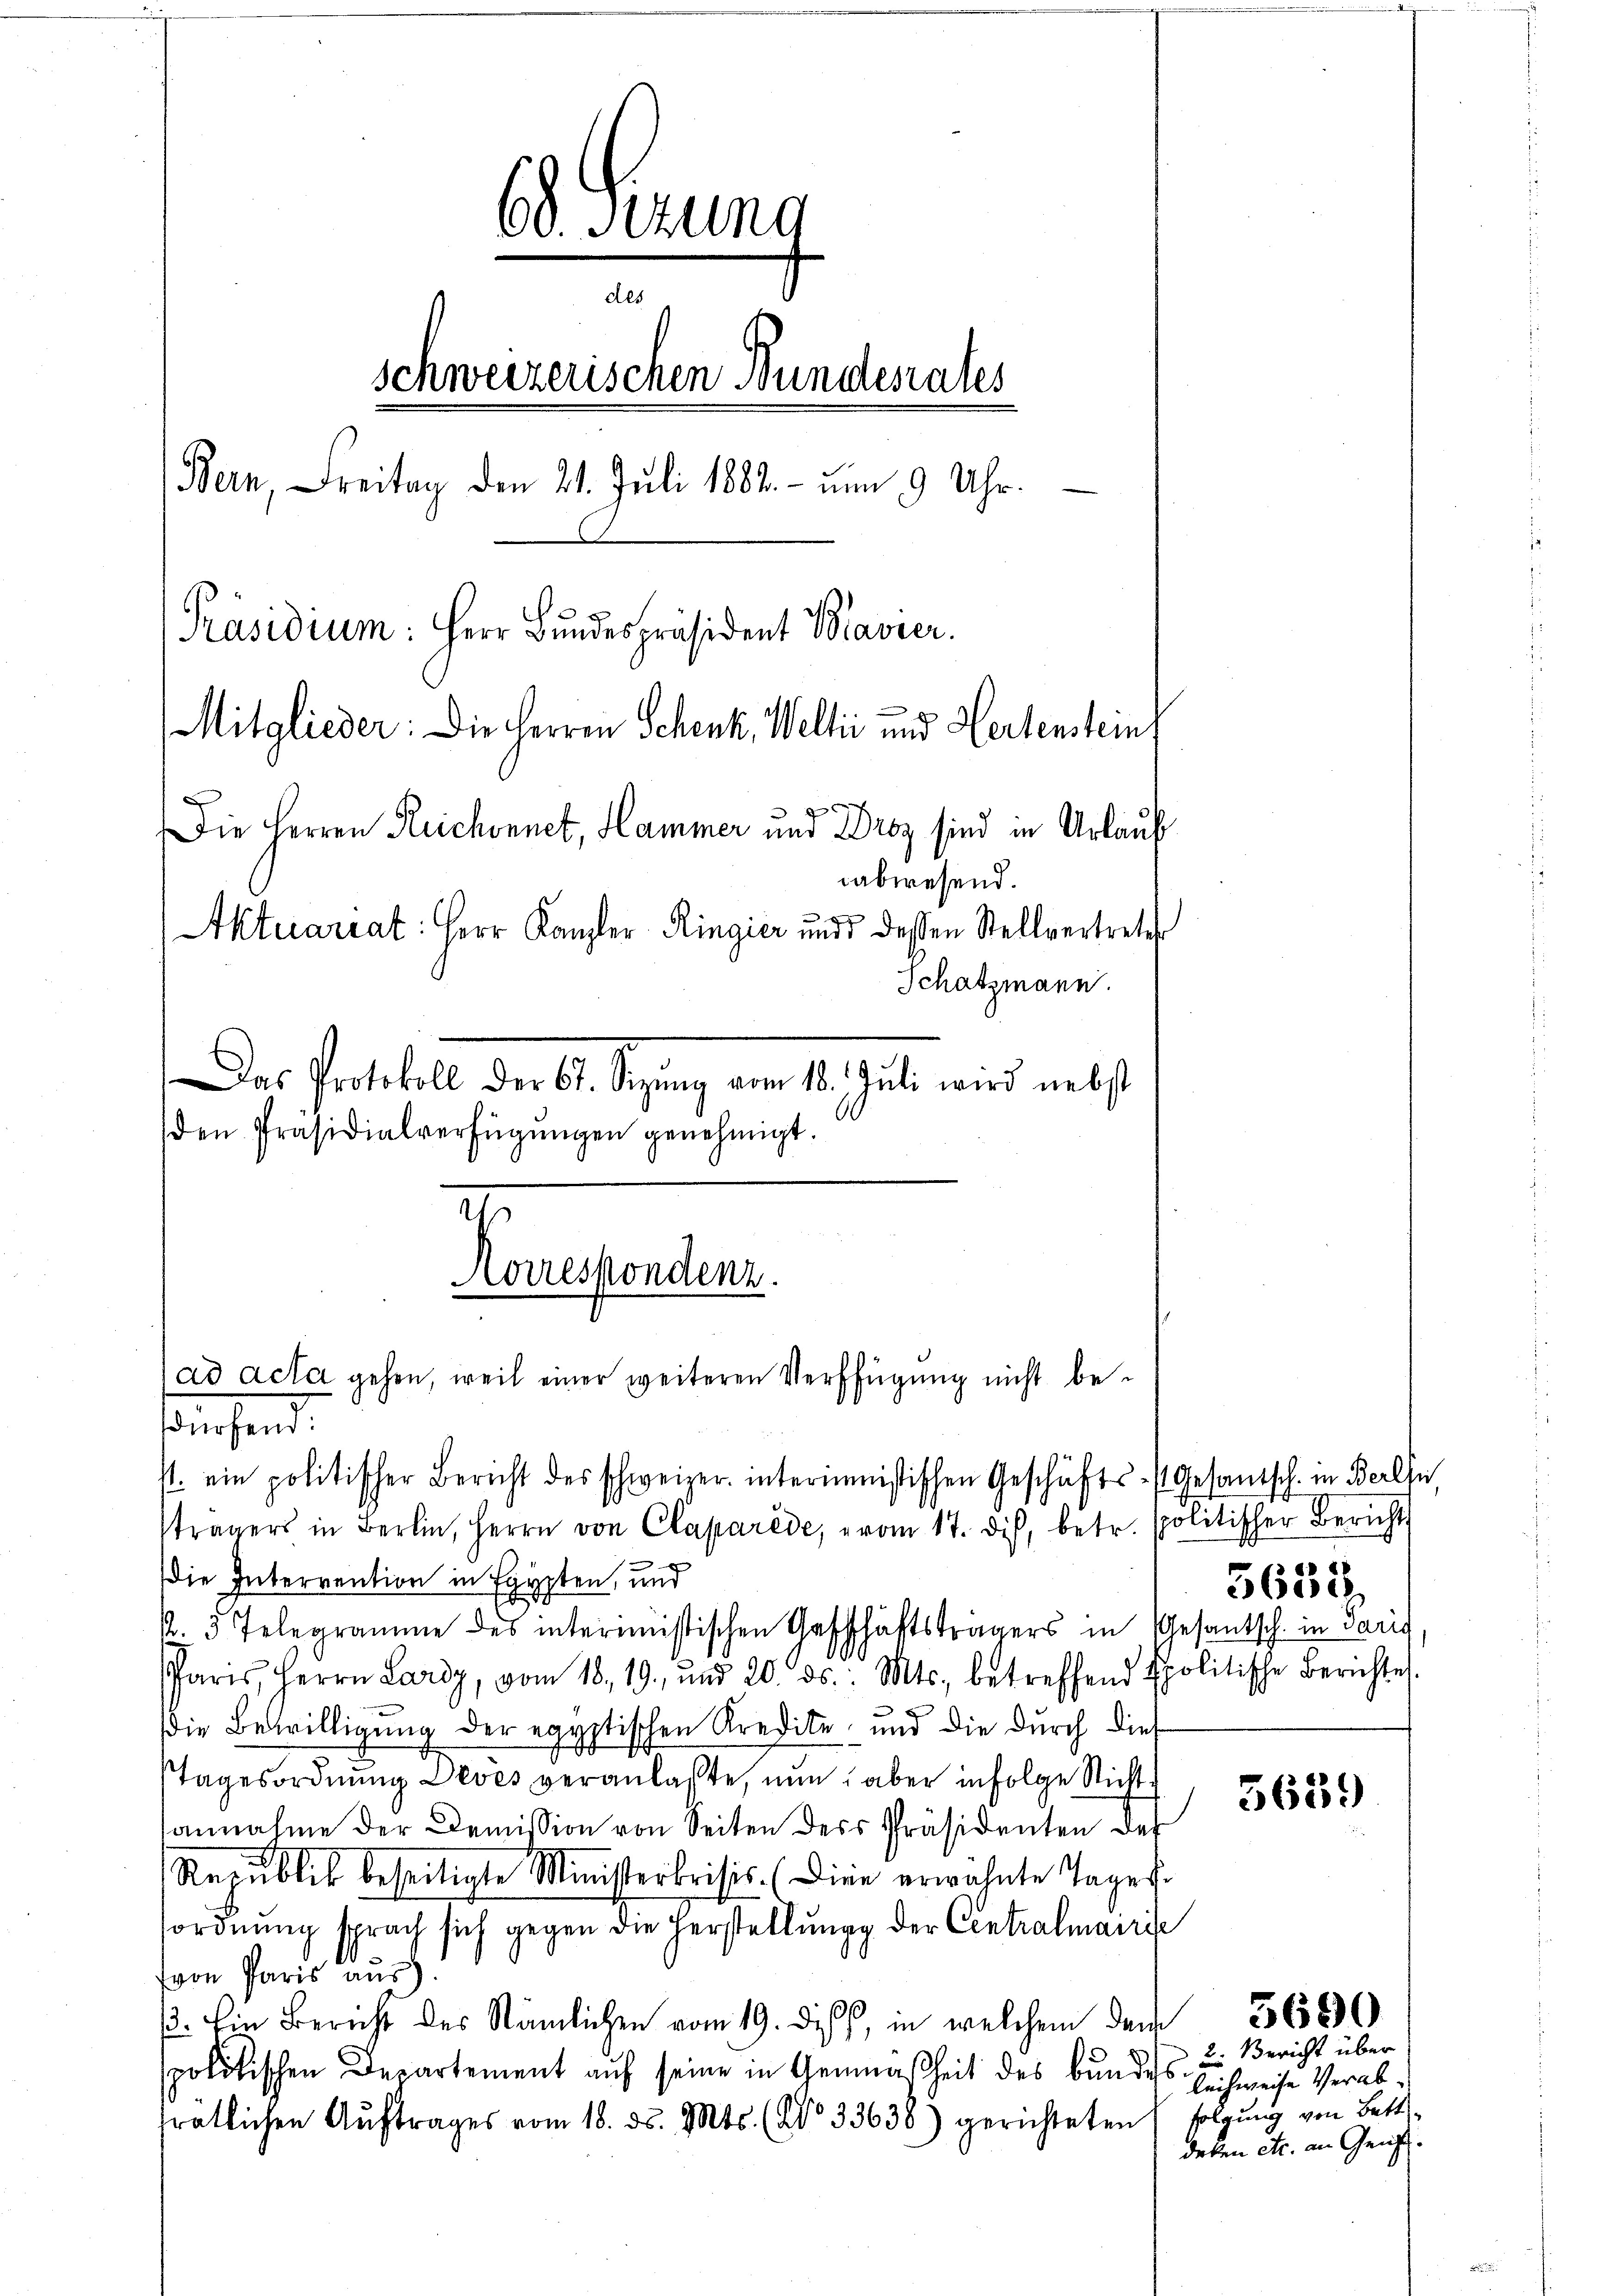
6 Perung
des
schweizerischen Bundesrates
e
Bern, Freitag den 21. Juli 1882. - um 9 Uhr.
Präsidium: Herr Bundespräsident Bravier.
Mitglieder: Die Herren Schenk, Welti und Hertenstein
f
Die Herren Reichonnet, Hammer und Droz sind in Urlauf
abwesend.
Aktuariat: Herr Kanzler Ringier und dessen Stellvertretes
Schatzmann.
Das Protokoll der Al. Signung am 10. Juli wird nebst
den Präsidialverfügŭngen genehmigt.

Korrespondenz.

ad acta gehen, weil einer weiteren Verfügung nicht be¬

saufend.
4. ein politischer Bericht des schweizer interiministischen Geschäfts-Gesamtsch. in Berlsu
trägers in Berlin, Herrn von Claparéde, vom 17. dis, betr. politischer Bericht
e
ie Interrention in Egypten, und
p. 3 Telegramme des interimistischen Geschäftsträgers in Gesantsch. in Paris
Paris, Herrn Lardy, vom 18. 19. und 20. ds. Mts. betreffend spolitische Berichte
e
die Bewilligung der egyptischen Kredite und die durch dies
tagesordnung Deves veranlaßte, nun aber infolge Nicht
annahme der Demission von Seiten ders Präsidenten der
Republik beseitigte Ministerbrisis. (Die erwähnte Tages
ordnŭng sprach sich gegen die Herstellŭng der Centralmairis
von Paris aus.
β. Ein Bericht des Nämlichen vom 19. des, in welchem dem 368
spolitischen Departement auf seine in Gemäsheit des Bundes Schweise Verabträtlichen Auftrages vom 18. ds. Mts. (No 33636) gerichteten (folgung von Bett

5638

5639)

2. Bericht über
deken etc. an Gens¬